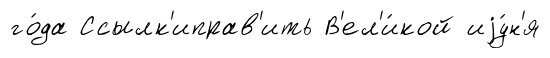
го́да Ссылк'иправ'ить В'ел'и́кой иjу́н'я